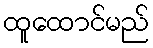
ထူထောင်မည်